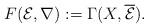
LaTeX: \begin{align*}F(\mathcal E,\nabla):=\Gamma(X,\overline{\mathcal E}). \end{align*}